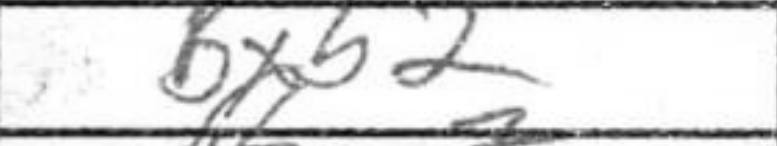
Transcription: Bxb2